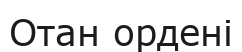
Отан ордені